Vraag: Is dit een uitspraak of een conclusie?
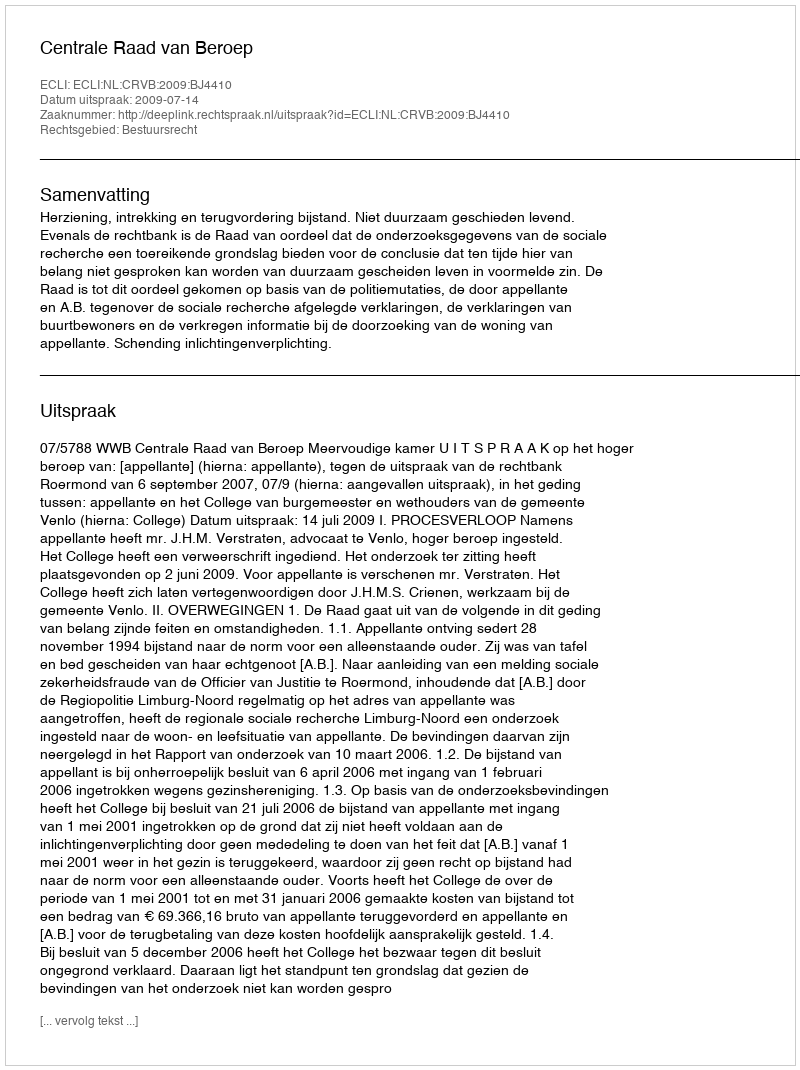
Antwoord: Uitspraak